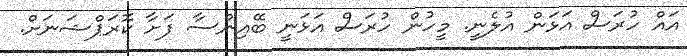
އައް ހުރަސް އަޅަން އުލެނީ. މީހުން ހުރަސް އަޅަނީ ބޭއިންސާ ފަށާ ކޮރަޕްޝަނަށް.